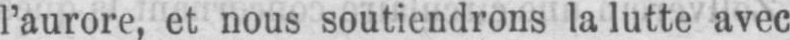
l’aurore, et nous soutiendrons la lutte avec